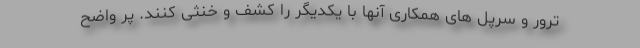
ترور و سرپل های همکاری آنها با یکدیگر را کشف و خنثی کنند. پر واضح